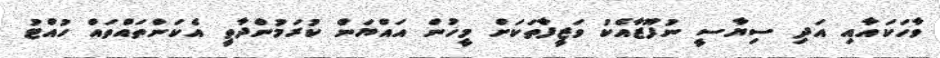
ވާހަކައާއި އަދި ސިޔާސީ ނުފޫޒާއެކު ވަޒީފާތަކަށް މީހުން އައްޔަން ކުރަމުންދާތީ އެކަންތައްތައް ހުއްޓު